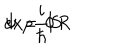
\Psi = \Phi R \hspace { . 1 i n } e x p \frac { i } { \hbar } S